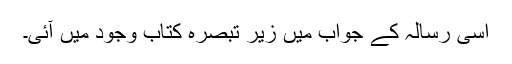
اسی رسالہ کے جواب میں زیر تبصرہ کتاب وجود میں آئی۔